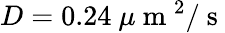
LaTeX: D=0.24\mathrm{~}\mu\mathrm{~m~}^{2}/\mathrm{~s~}